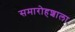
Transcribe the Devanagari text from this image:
समारोहशाला